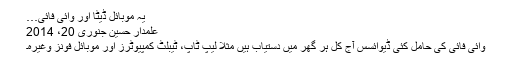
یہ موبائل ڈیٹا اور وائی فائی…
علمدار حسین جنوری 20، 2014
وائی فائی کی حامل کئی ڈیوائسس آج کل ہر گھر میں دستیاب ہیں مثلاً لیپ ٹاپ، ٹیبلٹ کمپیوٹرز اور موبائل فونز وغیرہ۔